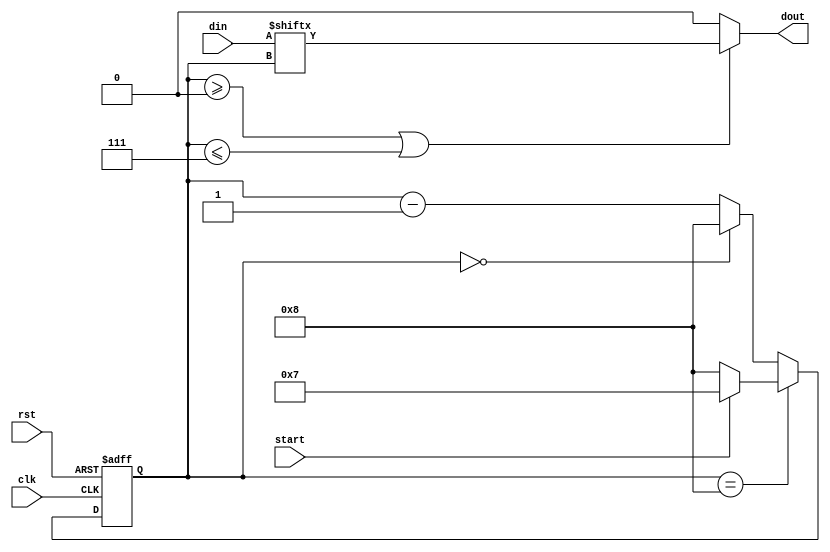
module piso (clk,rst,start,din,dout);
input clk,rst,start;
input [7:0] din;
output dout;
reg [3:0] cnt;
wire dout;

always @ (posedge clk or posedge rst)
begin
  if (rst) cnt<=8;
  else 
  if (cnt==8)
    begin
	  cnt<= start ? 7:8;
	  end
	  
   else 
     begin
	 if (cnt==0) cnt<=8;
	 else    cnt<=cnt-1;
	 end
	 end
`ifdef OUT1
reg dout;
always @*
begin 
  case (cnt)
   7: dout=din[7];
   6: dout=din[6];
   5: dout=din[5];
   4: dout=din[4];
   3: dout=din[3];
   2: dout=din[2];
   1: dout=din[1];
   0: dout=din[0];
   8: dout=0;
   default: dout=0;
   endcase
 end
 `endif
 assign dout = (cnt>=0 | cnt<=7) ? din[cnt] : 1'b0;
 endmodule